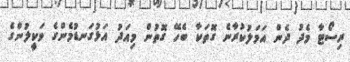
ރިސޯޓާ މެދު ދެން އަމަލުކުރާނެ ގޮތަކާ ބެހޭ ގޮތުން މިއަދު އަޅުގަނޑުމެންގެ ވަކީލުންގެ